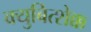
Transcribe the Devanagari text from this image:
क्युबित्शेक्क